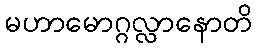
မဟာမောဂ္ဂလ္လာနောတိ